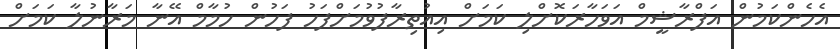
އެހެންކަމުން އަފްރާޝީމް އަވަހާރަކޮށްލި ކަމަށް އިއުތިރާފުވުމަށްފަހު ފަހުން ހުމާމް އޭނާ މަރާނުލާ ކަމަށް